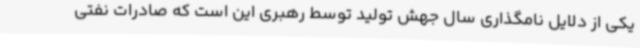
یکی از دلایل نامگذاری سال جهش تولید توسط رهبری این است که صادرات نفتی